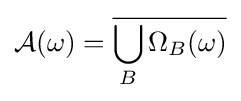
{\mathcal {A}}(\omega )={\overline {\bigcup _{B}\Omega _{B}(\omega )}}